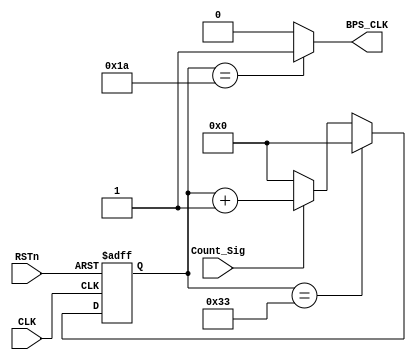
module tx_bps_module
(
    CLK, RSTn, Count_Sig,BPS_CLK
);

    input CLK;
	 input RSTn;
	 input Count_Sig;
	 output BPS_CLK; //synthesis keep;
	 
	 /***************************/
	 
	 reg [12:0]Count_BPS;
	 parameter BPS_T = 13'd52;					// 500KHZ/9600 = 13'd52
	 
	 always @ ( posedge CLK or negedge RSTn )
	   if( !RSTn )
		    Count_BPS <= 13'd0;
		else if( Count_BPS == BPS_T - 1 ) 
		    Count_BPS <= 13'd0;
		else if( Count_Sig )	// Count_SigTX_EN_Sig
		    Count_BPS <= Count_BPS + 1'b1;
		else
		    Count_BPS <= 13'd0;
			  
	 /********************************/
    
    assign BPS_CLK = ( Count_BPS == 12'd26 ) ? 1'b1 : 1'b0;

    /*********************************/

endmodule